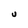
Character: U